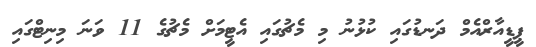
ޕީޑީއާރްއެމް ދަނޑުގައި ކުޅުނު މި މެޗުގައި އެޓީމަށް މެޗުގެ 11 ވަނަ މިނިޓްގައި